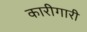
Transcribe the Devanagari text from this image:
कारीगारी